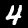
Digit: 4